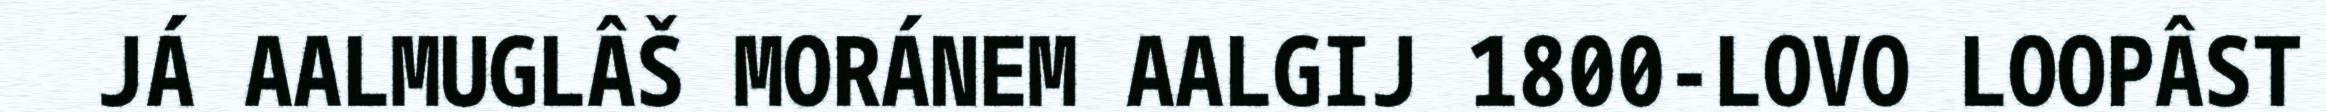
JÁ AALMUGLÂŠ MORÁNEM AALGIJ 1800-LOVO LOOPÂST